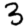
Digit: 3